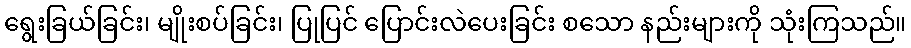
ရွေးခြယ်ခြင်း၊ မျိုးစပ်ခြင်း၊ ပြုပြင် ပြောင်းလဲပေးခြင်း စသော နည်းများကို သုံးကြသည်။